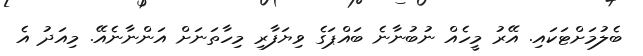
ބެލުމަށްޓަކައި. އޭރު މީހެއް ނުބުނާނެ ބައްޕަގެ ވިޔަފާރި މިހާތަނަށް އަންނާނެއޭ. މިއަދު އެ